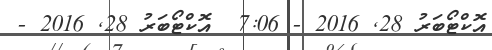
އޮކްޓޯބަރު 28